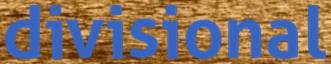
divisional